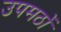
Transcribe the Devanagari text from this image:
उपमठों